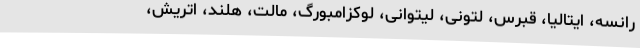
رانسه، ایتالیا، قبرس، لتونی، لیتوانی، لوکزامبورگ، مالت، هلند، اتریش،